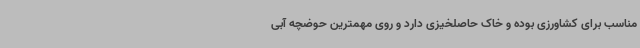
مناسب برای کشاورزی بوده و خاک حاصلخیزی دارد و روی مهمترین حوضچه آبی